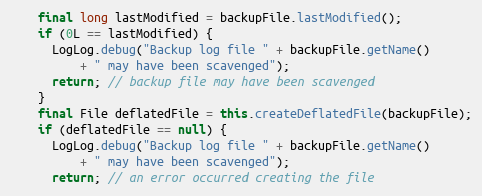
Language: Java
    final long lastModified = backupFile.lastModified();
    if (0L == lastModified) {
      LogLog.debug("Backup log file " + backupFile.getName()
          + " may have been scavenged");
      return; // backup file may have been scavenged
    }
    final File deflatedFile = this.createDeflatedFile(backupFile);
    if (deflatedFile == null) {
      LogLog.debug("Backup log file " + backupFile.getName()
          + " may have been scavenged");
      return; // an error occurred creating the file